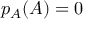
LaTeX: p _ { A } ( A ) = 0